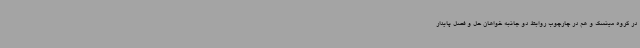
در گروه مینسک و هم در چارچوب روابط دو جانبه خواهان حل و فصل پایدار